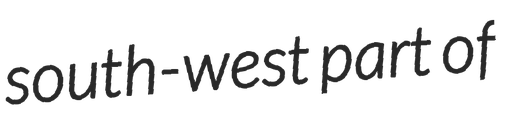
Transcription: south-west part of